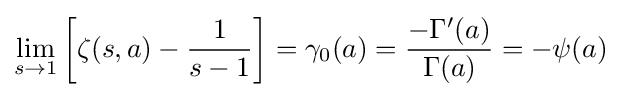
\lim _{s\to 1}\left[\zeta (s,a)-{\frac {1}{s-1}}\right]=\gamma _{0}(a)={\frac {-\Gamma '(a)}{\Gamma (a)}}=-\psi (a)